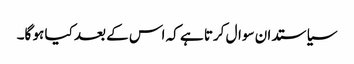
سیاستدان سوال کرتا ہے کہ اس کے بعد کیا ہو گا۔